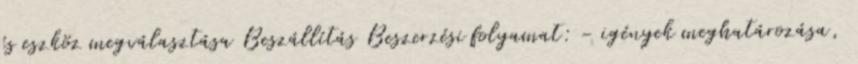
és eszköz megválasztása Beszállítás Beszerzési folyamat: - igények meghatározása,